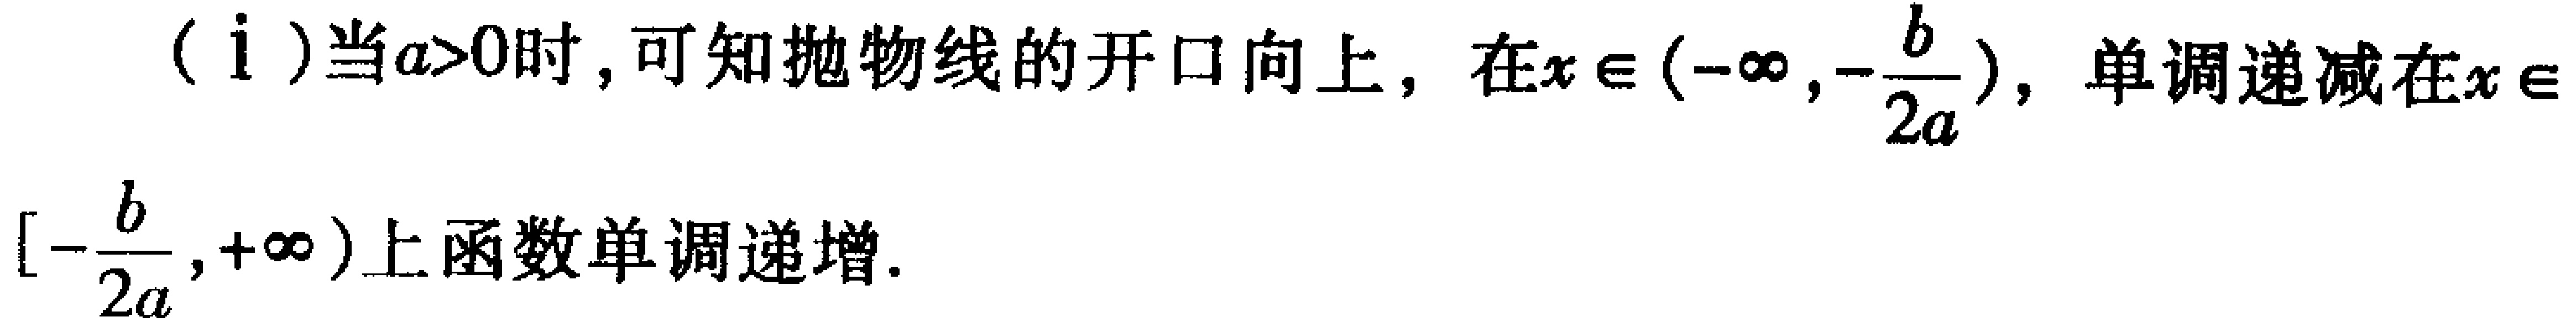
（i）当\(a > 0\)时，可知抛物线的开口向上，在\(x\in(-\infty,-\frac{b}{2a})\)，单调递减在\(x\in[-\frac{b}{2a},+\infty)\)上函数单调递增.